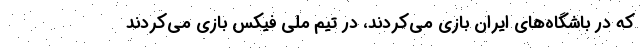
که در باشگاه‌های ایران بازی می‌کردند، در تیم ملی فیکس بازی می‌کردند